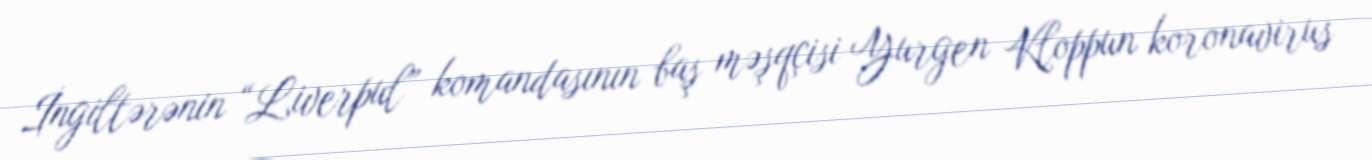
İngiltərənin “Liverpul” komandasının baş məşqçisi Yurgen Kloppun koronavirus